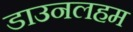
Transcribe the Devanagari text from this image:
डाउनलहम